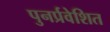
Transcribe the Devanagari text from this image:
पुनर्प्रवेशित